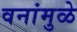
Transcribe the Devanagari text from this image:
वनांमुळे